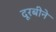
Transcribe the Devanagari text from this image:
दूरबीने